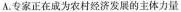
A.专家正在成为农村经济发展的主体力量